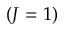
( J = 1 )